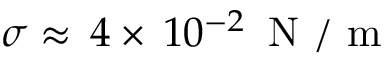
\sigma \approx \, 4 \times \, 1 0 ^ { - 2 } \, \mathrm { ~ N ~ } / \mathrm { ~ m ~ }